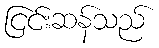
ငြင်းဆန်သည်